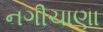
નગીચાણા